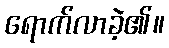
ရောက်လာခဲ့၏။